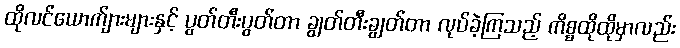
ထိုလင်ယောက်ျားများနှင့် ပွတ်တီးပွတ်တာ ချွတ်တီးချွတ်တာ လုပ်ခဲ့ကြသည့် ကိစ္စထိုထိုမှာလည်း